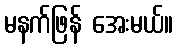
မနက်ဖြန် အေးမယ်။